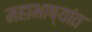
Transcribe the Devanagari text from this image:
महाभाष्यांत